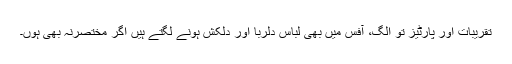
تقریبات اور پارٹیز تو الگ، آفس میں بھی لباس دلربا اور دلکش ہونے لگتے ہیں اگر مختصرنہ بھی ہوں۔